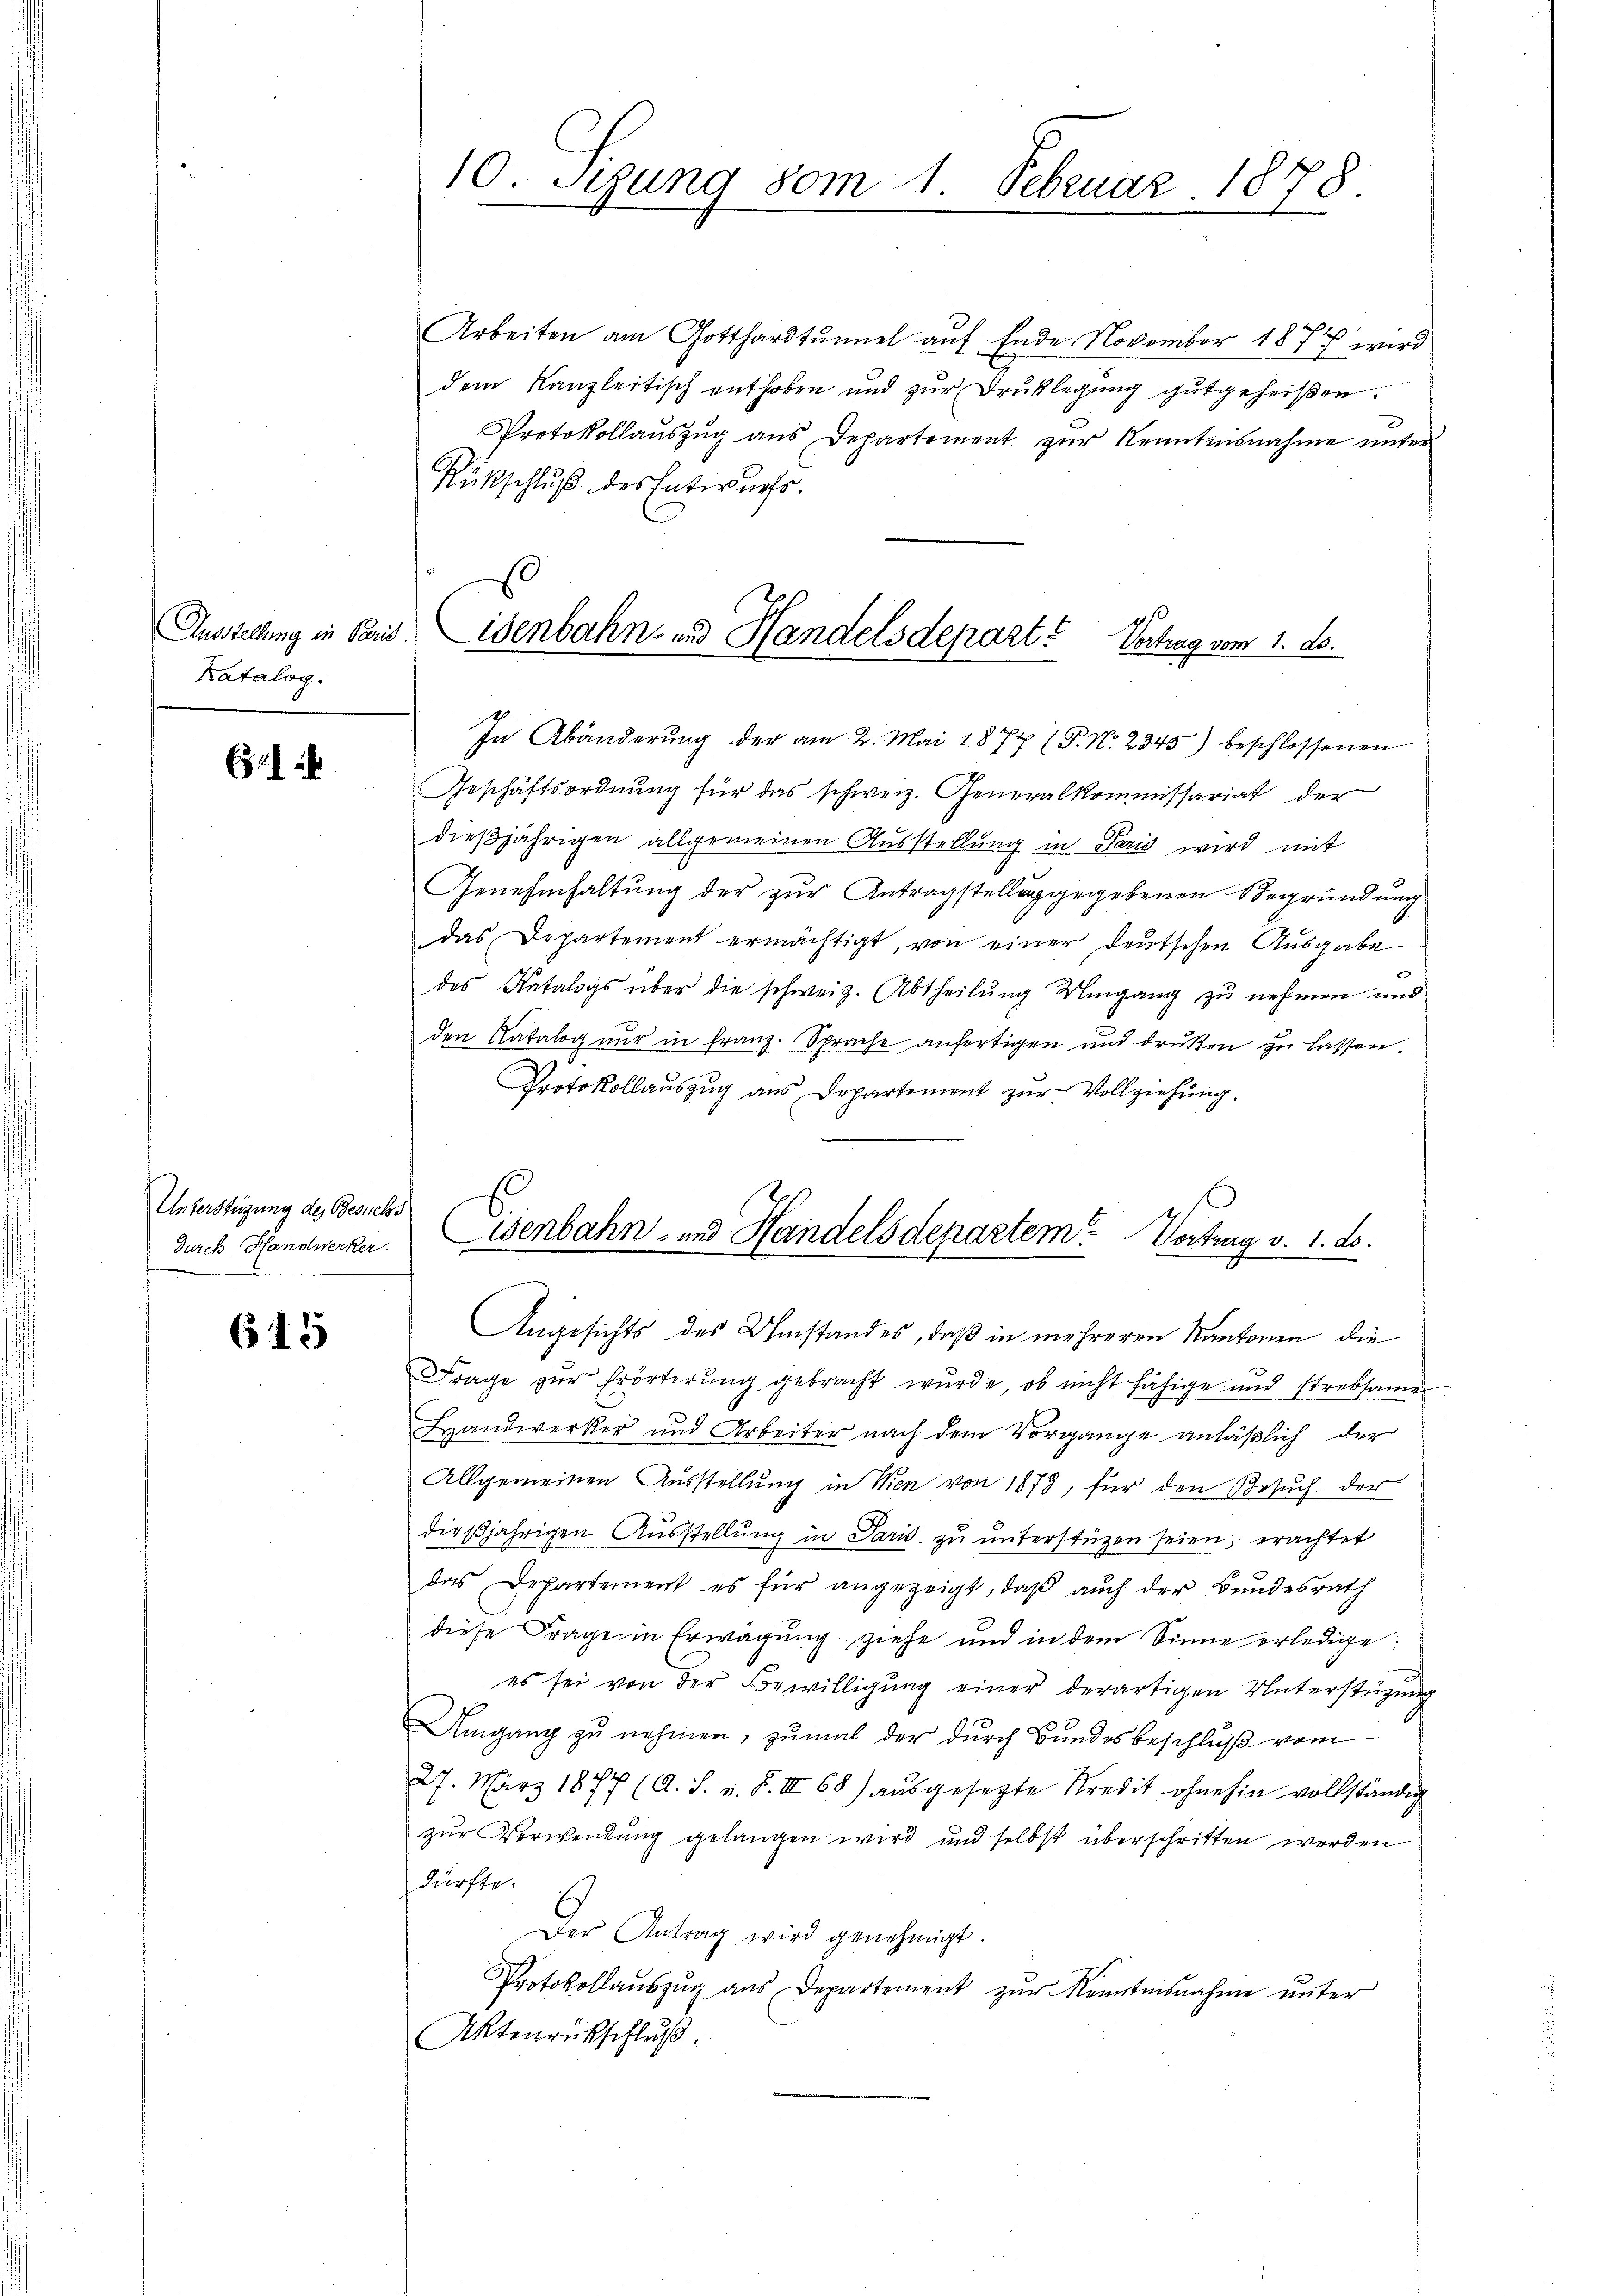
Ausstellung in Paris.
Katalog.

61

Unterstüzung des Besuchs
Durch Handwerker.

645

10. Segung vom 1. Februar 1878.

Arbeiten am Gotthardtunnel auf Ende November 1877 wird
dem Kanzleitisch enthoben und zur Druklegung gutgeheißen.
Protokollaŭszŭg ans Departement zŭr Kenntnisnahme unter-
Rückschluß des Entwurfs.
isenbahn- und Handelsdepart? Vortrag vom 1. ds.

In Abänderŭng der am 2. Mai 1877 (P. Nr. 2345) beschlossenen
Geschäftsordnung für das schweiz. Generalkommissariat der
dießjährigen allgemeinen Ausstellung in Paris wird mit
Genehmhaltung der zur Antragstellung gegebenen Begründung
das Departement ermächtigt, von einer deutschen Ausgabe
des Katalogs über die schweiz. Abtheilung Mingang zu nehmen und
den Natalog nur in Franz. Sprache anfertigen und drüken zu lassen.
Protokollauszug aus Departement zur Vollziehung.
wenbahn- und Handelsdepartem Vortrag v. 1. ds.
r

Angesichts des Umstandes, daß in mehreren Kantonen die
Frage zur Erörterung gebracht wurde, ob nicht fähige und strebsame
Handwerker und Arbeiter nach dem Vorgange anläßlich der
Allgemeinen Ausstellung in Men von 1878, für den Besuch der
dießjährigen Aŭsstellŭng in Paris zŭ ŭnterstüzen seien, erachtet
das Departement es für angezeigt, daβ aŭch der Bundesrath
diese Frage in Erwägung ziehe und in dem Sinne erledige:
es sei von der Bewilligung einer derartigen Unterstützung
Umgang zu nehmen, zumal der durch Bundesbeschluß vom
27. März 1877 (A. S. v. F. III 68) aŭsgesezte Kredit ohnehin vollständig
zur Verwendung gelangen wird und selbst überschritten werden
dürfte.
Der Antrag wird genehmigt.
Protokollaŭszŭg aŭs Departement zŭr Kenntnisnahme unter
Aktenrückschluß